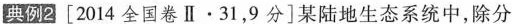
典例2 [2014全国卷Ⅱ\cdot31，9分]某陆地生态系统中，除分